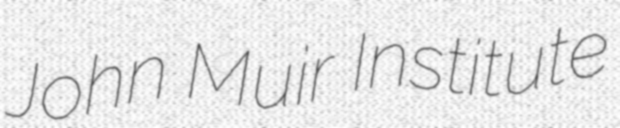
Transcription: John Muir Institute